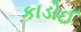
કાડોઈ